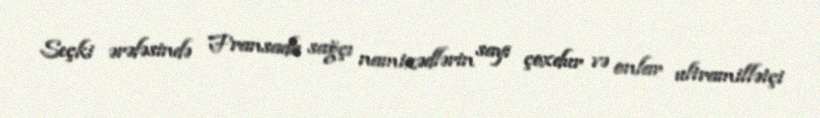
Seçki ərəfəsində Fransada sağçı namizədlərin sayı çoxdur və onlar ultramillətçi